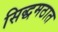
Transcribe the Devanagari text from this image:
सिद्धमठात